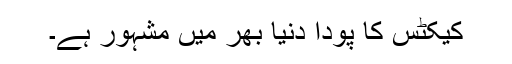
کیکٹس کا پودا دنیا بھر میں مشہور ہے۔